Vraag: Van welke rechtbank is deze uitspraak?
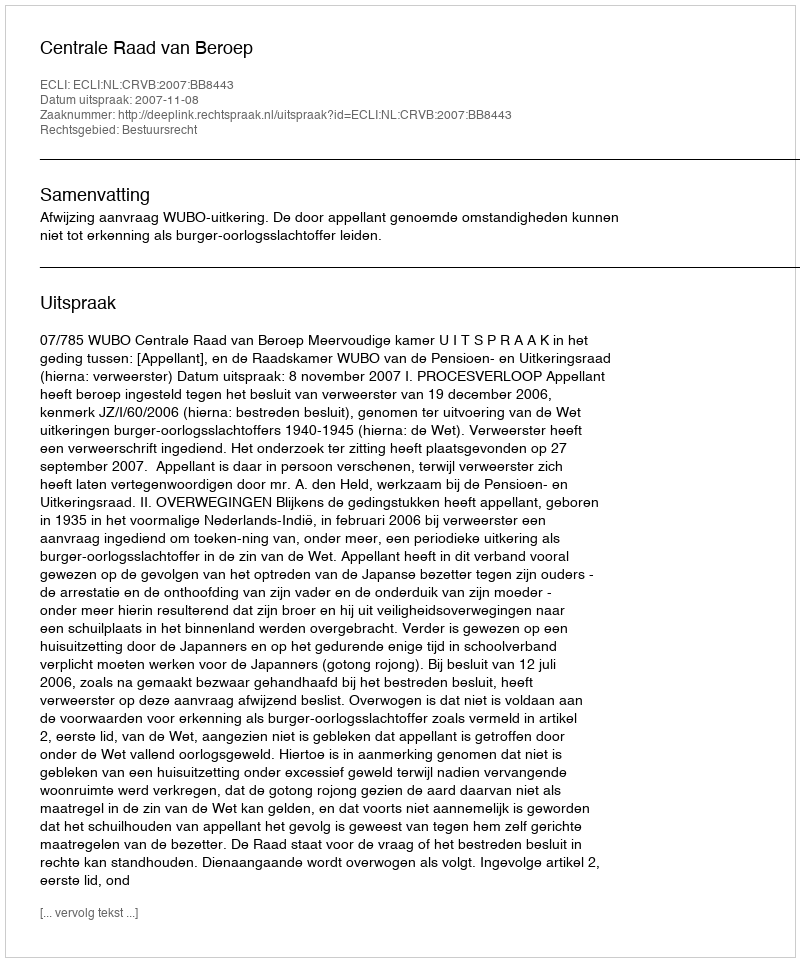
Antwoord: Centrale Raad van Beroep